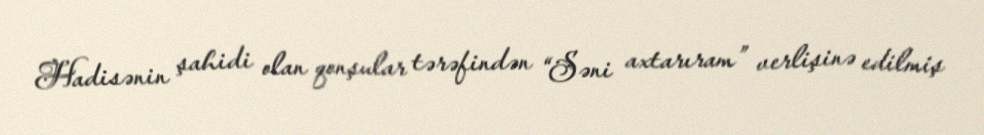
Hadisənin şahidi olan qonşular tərəfindən “Səni axtarıram” verlişinə edilmiş